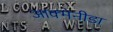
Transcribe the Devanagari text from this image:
आक्मेनीडा